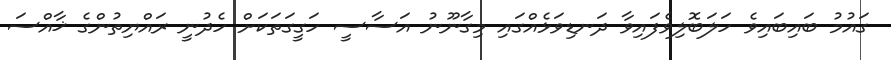
ގައުމު ބައިބައިވެ ހަލަބޮލިވެފައިވާ ދަނޑިވަޅެއްގައި މިގާނޫނު އަސާސީ ހަގީގަތަކަށް ހެދުނީ ރައްޔިތުންގެ ޚާއްސަ